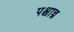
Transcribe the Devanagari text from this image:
पश्चान्त्र